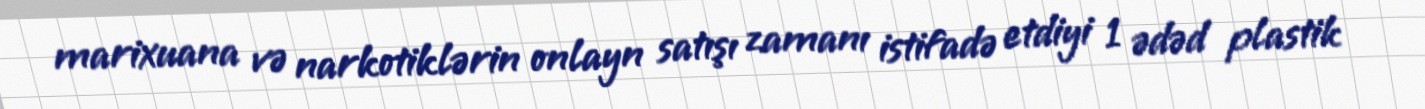
marixuana və narkotiklərin onlayn satışı zamanı istifadə etdiyi 1 ədəd plastik